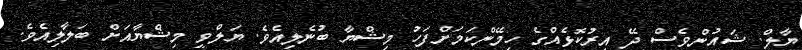
ޔާލް. ޝައުންވެސް ދޭ އިރުކޮޅެއްގެ ހިމޭންކަމަށްފަހު މިޝްޔާ ބުނެލިއެވެ. ޔަލްވީ މިޝްޔާއަށް ބަލާލިއެވެ.